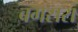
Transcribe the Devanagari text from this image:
बगसरा